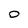
Character: O